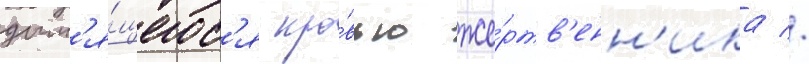
дым'я́щегос'я кро́вью же́ртв'енн'ика //